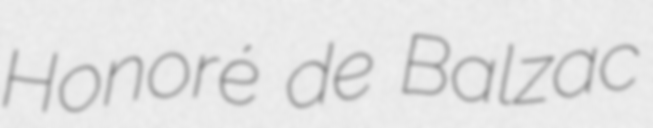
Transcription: Honoré de Balzac